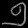
Digit: ၅